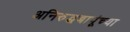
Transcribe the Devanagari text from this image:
अनिरुद्धबापूंच्या